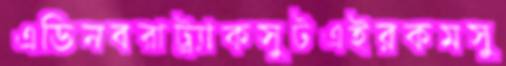
এডিনবরাট্র্যাকসুটএইরকমসু